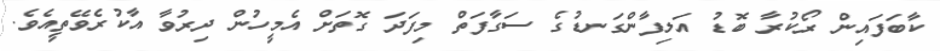
ކާބަފައިން ރޯކުރާ ބޮޑު އަލިފާންގަނޑުގެ ސަގާފަތް މިފަދަ ގޮތަށް އެމީހުން ދިރުވާ އާކުރެވޭތީއެވެ.